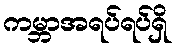
ကမ္ဘာအရပ်ရပ်ရှိ